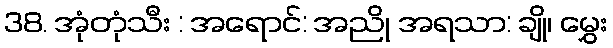
38. အုံတုံသီး : အရောင်: အညို အရသာ: ချို၊ မွှေး